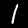
Label: 1